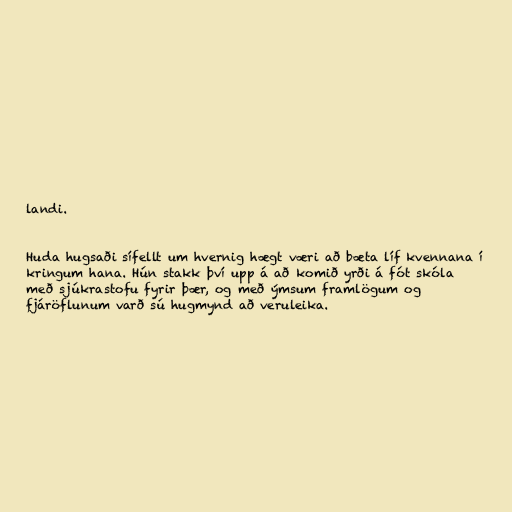
landi.

Huda hugsaði sífellt um hvernig hægt væri að bæta líf kvennana í
kringum hana. Hún stakk því upp á að komið yrði á fót skóla
með sjúkrastofu fyrir þær, og með ýmsum framlögum og
fjáröflunum varð sú hugmynd að veruleika.